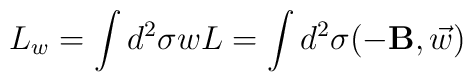
L_w = \int d^2 \sigma wL =\int d^2 \sigma (- {\bf{B}},\vec{w})